Report on vaccination in Madras 1904-1921 - 1904-1921
Year: 1904
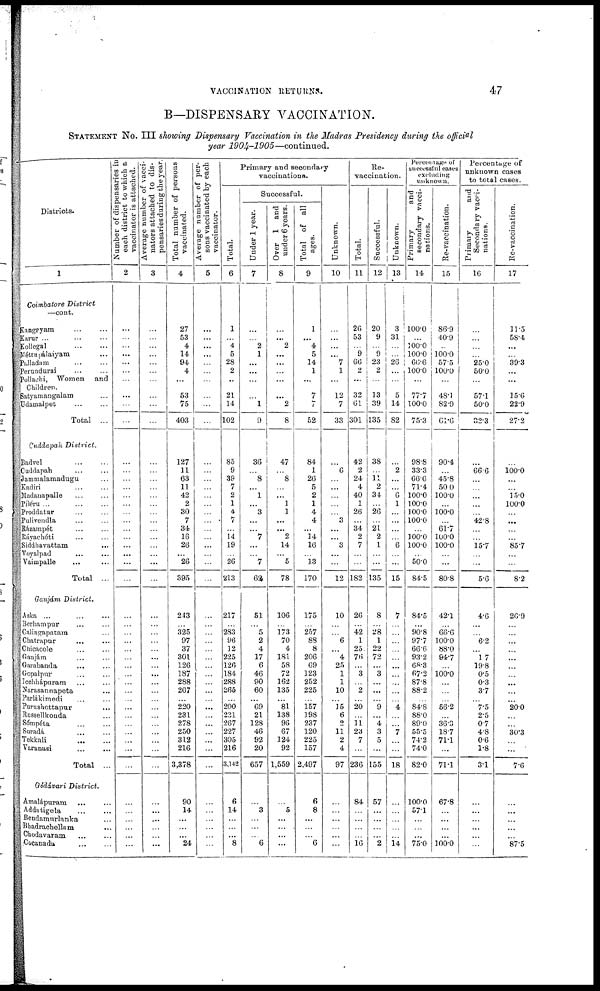
VACCINATION
RETURNS.
47
B—DISPENSARY VACCINATION.
STATEMENT NO. III showing Dispensary Vaccination in the Madras Presidency during the official
year 1904-1905—continued.
Districts.
1
Coimbatore District
—cont.
Kangeyam ... ...
Karur ... ... ...
Kollegal
...
...
Méttupálaiyam ...
Palladara
...
...
Perundurai ... ...
Pollachi, Women and
Children.
Satyamangalam ...
Udamalpet ... ...
Total ...
Cuddapah District.
Badvel ... ...
Cuddapah ... ...
Jammalamadngu ...
Kadiri ... ...
Madauapalle ... ...
Piléru ...
...
...
Proddatur ... ... ...
Pulivendla ... ...
Rázampét ... ...
Ráyachóti ... ...
Siddhavattam ...
Voyalpad ... ...
Vaimpalle ... ...
Total ...
Ganjám District.
Aska ... ... ...
Berhampur ... ...
Calingapacam ...
Chatrapar ... ...
Chicacole ... ...
Ganjám ... ...
Garabanda
... ...
Gopalpur ... ...
Icchhápuram ... ...
Narasannapeta
...
Parlákimedi
...
...
Purushottapur ...
Russellkonda ...
Sómpéta ... ...
Suradá ... ...
Tekkali
...
...
Varanasi ... ...
Total ...
Gódávari District.
Amalápuram ... ...
Addatigela ... ...
Bendamurlanka ...
Bhadrachellam ...
Chodavaram ... ...
Cocanada ... ...
Number of dispensaries in
each district to which a
vaccinator is attached.
2
...
...
...
...
...
...
...
...
...
...
...
...
...
...
...
...
...
...
...
...
...
...
...
...
...
...
...
...
...
...
...
...
...
...
...
...
...
...
...
...
...
...
...
...
...
...
...
Average number of vacci-
nators attached to dis-
pensaries during the year.
3
...
...
...
...
...
...
...
...
...
...
...
...
...
...
...
...
...
...
...
...
...
...
...
...
...
...
...
...
...
...
...
...
...
...
...
...
...
...
...
...
...
...
...
...
...
...
...
Total number of persons
vaccinated.
4
27
53
4
14
94
4
...
53
75
403
127
11
63
11
42
2
30
7
34
16
26
...
26
395
243
...
325
97
37
301
126
187
288
267
...
220
231
278
250
312
216
3,378
90
14
...
...
...
24
Average number of per-
sons vaccinated by each
vaccinator.
5
...
...
...
...
...
...
...
...
...
...
...
...
...
...
...
...
...
...
...
...
...
...
...
...
...
...
...
...
...
...
...
...
...
...
...
...
...
...
...
...
...
...
...
...
...
...
...
...
Primary and secondary
vaccinations.
Total.
6
1
...
4
5
28
2
...
21
14
102
85
9
39
7
2
1
4
7
...
14
19
...
26
213
217
...
283
96
12
225
126
184
288
265
...
200
231
267
227
305
216
3,142
6
14
...
...
...
8
Successful.
Under 1 year.
7
...
...
2
1
...
...
...
...
1
9
36
...
8
...
1
...
3
...
...
7
...
...
7
62
51
...
5
2
4
17
6
46
90
60
...
69
21
128
46
92
20
657
...
3
...
...
...
6
Over 1 and
under 6 years.
8
...
...
2
...
...
...
...
...
2
8
47
...
8
...
...
1
1
...
...
2
14
...
5
78
106
...
173
70
4
181
58
72
162
135
...
81
138
96
67
124
92
1,559
...
5
...
...
...
...
Total of all
ages.
9
1
...
4
5
14
1
...
7
7
52
84
1
26
5
2
1
4
4
...
14
16
...
13
170
175
...
257
88
8
206
69
123
252
225
...
157
198
237
120
225
157
2,497
6
8
...
...
...
6
Unknown.
10
...
...
...
...
7
1
...
12
7
33
...
6
...
...
...
...
...
3
...
...
3
...
...
12
10
...
...
6
...
4
25
1
1
10
...
15
6
2
11
2
4
97
...
...
...
...
...
...
Re¬
vaccination.
Total.
11
26
53
...
9
66
2
...
32
61
301
42
2
24
4
40
1
26
...
34
2
7
...
...
182
26
...
42
1
25
76
...
3
...
2
...
20
...
11
23
7
...
236
84
...
...
...
...
16
Successful.
12
20
9
...
9
23
2
...
13
39
135
38
...
11
2
34
...
26
...
21
2
1
...
...
135
8
...
28
1
22
72
...
3
...
...
...
9
...
4
3
5
...
155
57
...
...
...
...
2
Unknown.
13
3
31
...
...
26
...
...
5
14
82
...
2
...
...
6
1
...
...
...
...
6
...
...
15
7
...
...
...
...
...
...
...
...
...
...
4
...
...
7
...
...
18
...
...
...
...
...
14
Percentage of
successful cases
excluding
unknown.
Primary
and
secondary vacci-
nations.
14
100.0
...
100.0
100.0
66.6
100.0
...
77.7
100.0
75.3
98.8
33.3
66.6
71.4
100.0
100.0
100.0
100.0
...
100.0
100.0
...
50.0
84.5
84.5
...
90.8
97.7
66.6
93.2
68.3
67.2
87.8
88.2
...
84.8
88.0
89.0
55.5
74.2
74.0
82.0
100.0
57.1
...
...
...
75.0
Re-vaccination.
15
86.9
40.9
...
100.0
57.5
100.0
...
48.1
82.9
61.6
90.4
...
45.8
50.0
100.0
...
100.0
...
61.7
100.0
100.0
...
...
80.8
42.1
...
66.6
100.0
88.0
94.7
...
100.0
...
...
...
56.2
...
36.3
18.7
71.1
...
71.1
67.8
...
...
...
...
100.0
Percentage of
unknown cases
to total cases.
Primary
and
Secondary vacci-
nations.
16
...
...
...
...
25.0
50.0
...
57.1
50.0
32.3
...
66.6
...
...
...
...
...
42.8
...
...
15.7
...
...
5.6
4.6
...
...
6.2
...
1.7
19.8
0.5
0.3
3.7
...
7.5
2.5
0.7
4.8
0.6
1.8
3.1
...
...
...
...
...
...
Re-vaccination.
17
11.5
58.4
...
...
39.3
...
...
15.6
22.9
27.2
...
100.0
...
...
15.0
100.0
...
...
...
...
85.7
...
...
8.2
26.9
...
...
...
...
...
...
...
...
...
...
20.0
...
...
30.3
...
...
7.6
...
...
...
...
...
87.5